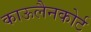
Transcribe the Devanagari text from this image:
काऊलैनकोर्ट